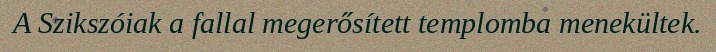
A Szikszóiak a fallal megerősített templomba menekültek.